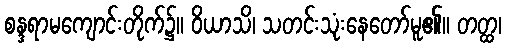
စန္ဒရာမကျောင်းတိုက်၌။ ဝိယာသိ၊ သတင်းသုံးနေတော်မူ၏။ တတ္ထ၊